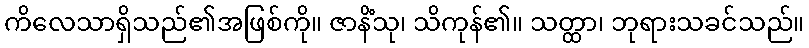
ကိလေသာရှိသည်၏အဖြစ်ကို။ ဇာနိံသု၊ သိကုန်၏။ သတ္ထာ၊ ဘုရားသခင်သည်။